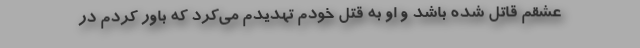
عشقم قاتل شده باشد و او به قتل خودم تهدیدم می‌کرد که باور کردم در